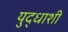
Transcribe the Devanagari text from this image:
युद्धाशी